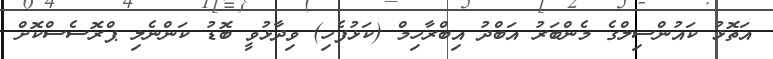
އަތޮޅު ކައުންސިލްގެ މެންބަރު އަބްދު އިބްރާހިމް (ކަޅުފެހި) ވިދާޅުވީ ބޮޑު ކަންނެލި ޕްރޮސެސްކޮށް